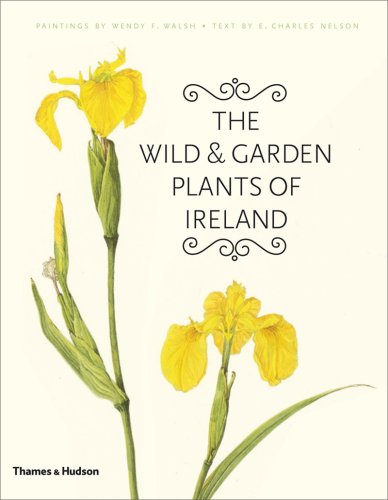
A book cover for The Wild and Garden Plants of Ireland; E. Charles Nelson; Crafts, Hobbies & Home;